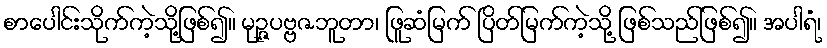
စာပေါင်းသိုက်ကဲ့သို့ဖြစ်၍။ မုဉ္ဇပဗ္ဗဇဘူတာ၊ ဖြူဆံမြက် ပြိတ်မြက်ကဲ့သို့ ဖြစ်သည်ဖြစ်၍။ အပါရံ၊